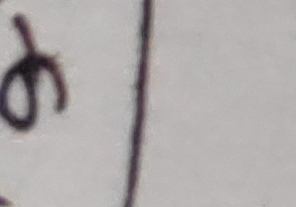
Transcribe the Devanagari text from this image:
७